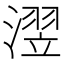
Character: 𪷊